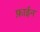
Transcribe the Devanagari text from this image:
फ़ाईन